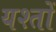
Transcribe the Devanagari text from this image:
यश्तों